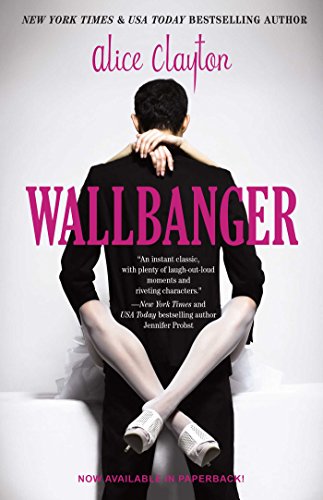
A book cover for Wallbanger (The Cocktail Series); Alice Clayton; Romance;